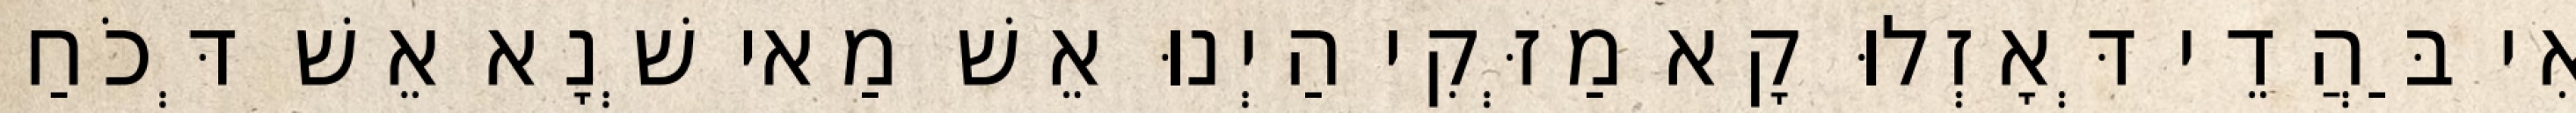
אִי בַּהֲדֵי דְּאָזְלוּ קָא מַזְּקִי הַיְנוּ אֵשׁ מַאי שְׁנָא אֵשׁ דְּכֹחַ